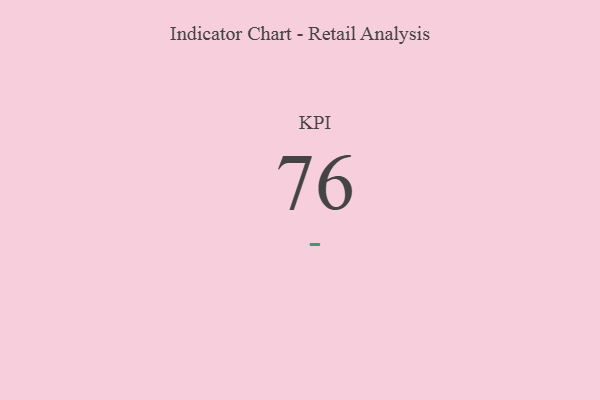
{"axis": {"x": "KPI", "y": "Value"}, "legend": [""], "data": [{"x": "KPI", "y": 76, "type": ""}]}